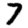
Digit: 7